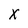
Character: x